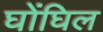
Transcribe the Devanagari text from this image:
घोंघिल